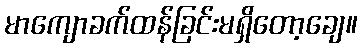
မာကျောခက်ထန်ခြင်းမရှိတော့ချေ။